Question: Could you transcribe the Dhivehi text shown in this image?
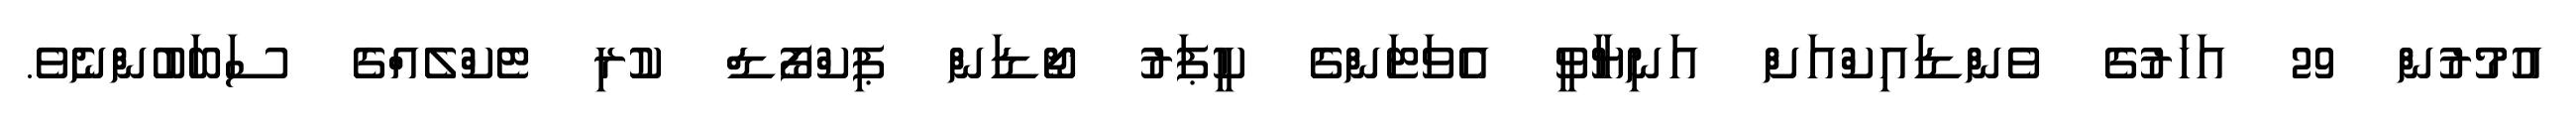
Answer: އުމުރުން 29 އަހަރުގެ ވެންޑައިކްއަށް އަނިޔާވީ އެވަޓަންގެ ކީޕަރު ޖޯޑަން ޕިކްފޯޑް ކުރި ޓެކްލެއްގެ ސަބަބުންނެވެ.